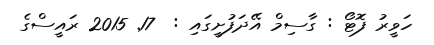
ހަވީރު ފޮޓޯ : ގާސިމް އޭދަފުށީގައި :  17